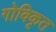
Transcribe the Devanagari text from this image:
गोविकृत